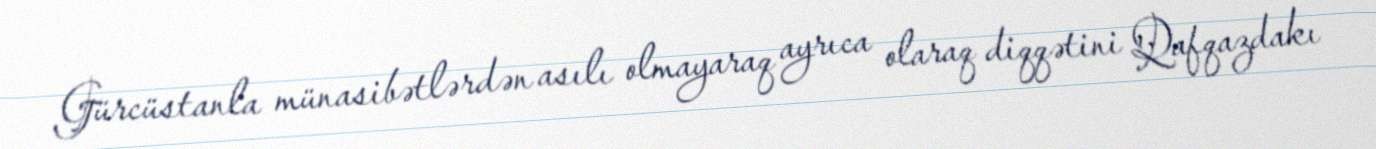
Gürcüstanla münasibətlərdən asılı olmayaraq ayrıca olaraq diqqətini Qafqazdakı